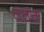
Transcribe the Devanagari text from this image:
ठठठ